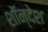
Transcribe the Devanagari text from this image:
शॉन्देश